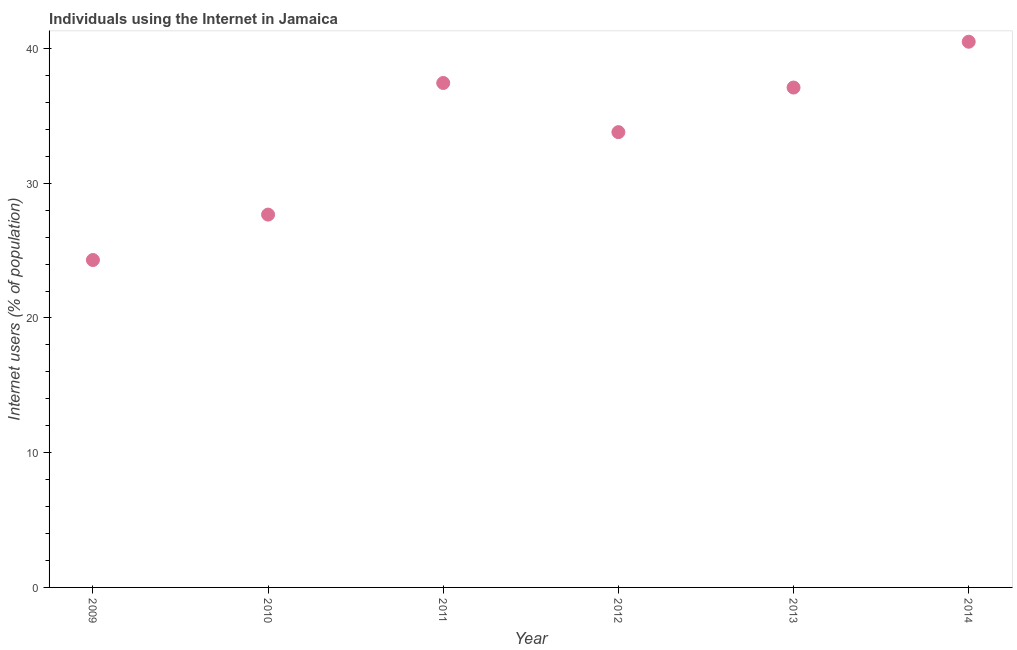
| Year | Internet users |
 | --- | --- |
 | 2009 | 24.3 |
 | 2010 | 27.7 |
 | 2011 | 37.4 |
 | 2012 | 33.8 |
 | 2013 | 37.1 |
 | 2014 | 40.5 |